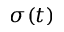
\sigma ( t )